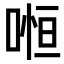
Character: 𠷐